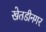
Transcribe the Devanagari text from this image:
खेतडीनगर